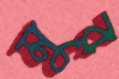
মুর